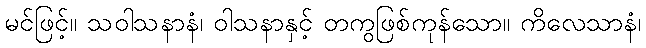
မင်ဖြင့်။ သဝါသနာနံ၊ ဝါသနာနှင့် တကွဖြစ်ကုန်သော။ ကိလေသာနံ၊